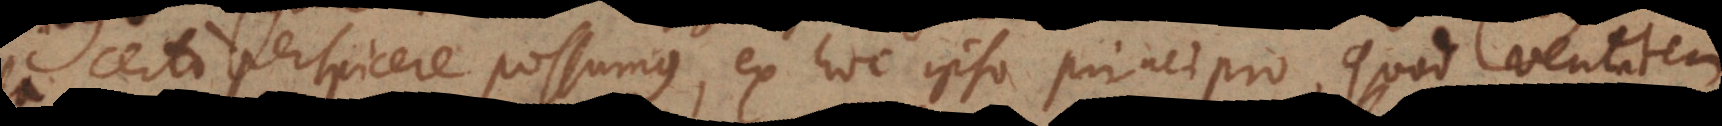
certo perspicere possumus, ex hoc ipso principio, quod veritatem